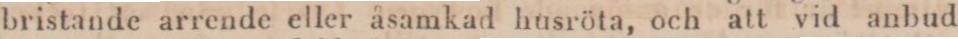
bristande arrende eller åsamkad husröta, och att vid anbud